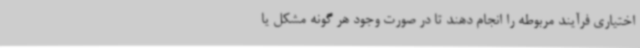
اختیاری فرآیند مربوطه را انجام دهند تا در صورت وجود هر گونه مشکل یا